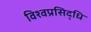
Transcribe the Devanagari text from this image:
विश्वप्रसिद्धि